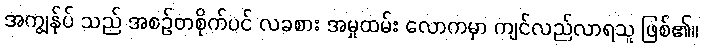
အကျွန်ုပ် သည် အစဉ်တစိုက်ပင် လခစား အမှုထမ်း လောကမှာ ကျင်လည်လာရသူ ဖြစ်၏။